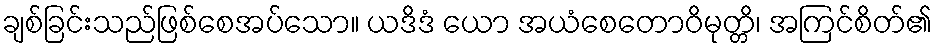
ချစ်ခြင်းသည်ဖြစ်စေအပ်သော။ ယဒိဒံ ယော အယံစေတောဝိမုတ္တိ၊ အကြင်စိတ်၏